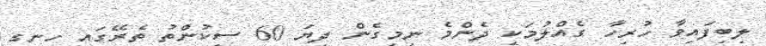
ލިބިފައިވާ ހުރިހާ ގެއްލުމަކީ ދެންމެ ނިމިގެން ދިޔަ 60 ސިކުންތު ތެރޭގައި ހިނގި